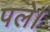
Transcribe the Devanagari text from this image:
पले।